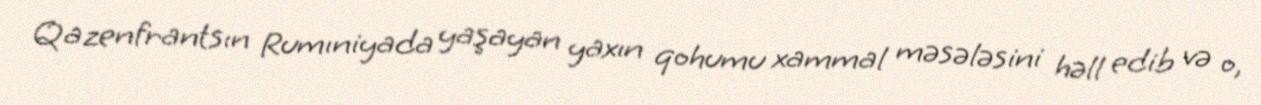
Qazenfrantsın Rumıniyada yaşayan yaxın qohumu xammal məsələsini həll edib və o,